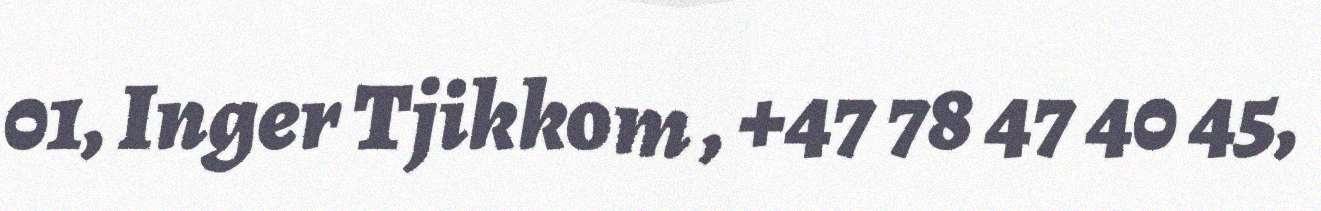
01, Inger Tjikkom , +47 78 47 40 45,